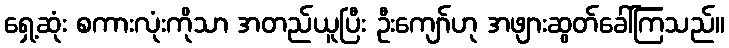
ရှေ့ဆုံး စကားလုံးကိုသာ အတည်ယူပြီး ဦးကျော်ဟု အဖျားဆွတ်ခေါ်ကြသည်။